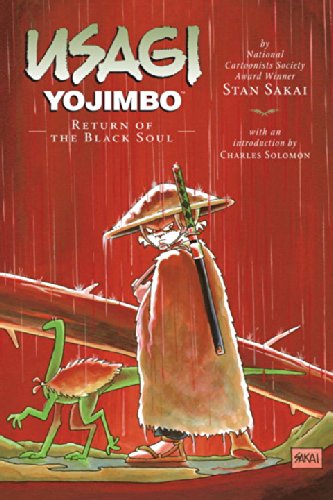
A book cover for Usagi Yojimbo Volume 24: Return of the Black Soul (Usagi Yojimbo (Dark Horse)); Stan Sakai; Teen & Young Adult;